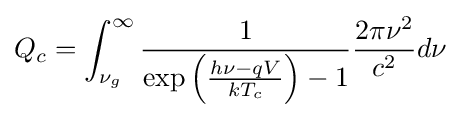
Q_{c}=\int _{\nu _{g}}^{\infty }{\frac {1}{\exp \left({\frac {h\nu -qV}{kT_{c}}}\right)-1}}{\frac {2\pi \nu ^{2}}{c^{2}}}d\nu